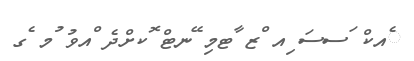
ެއކް ަސސަ ިއ ްޒ ާޓމި ޭނޓް ޮކށްދެ ްއވު ުމ ެގ